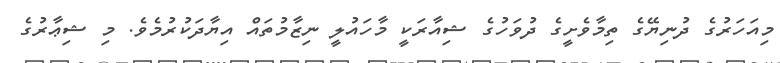
މިއަހަރުގެ ދުނިޔޭގެ ތިމާވެށީގެ ދުވަހުގެ ޝިއާރަކީ މާހައުލީ ނިޒާމުތައް އިޔާދަކުރުމެވެ. މި ޝިޢާރުގެ